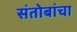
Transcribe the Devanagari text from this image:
संतोबांचा